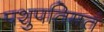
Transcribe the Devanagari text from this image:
पशुपतिमतं